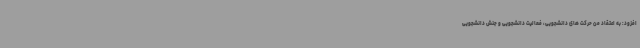
افزود: به اعتقاد من حرکت های دانشجویی، فعالیت دانشجویی و جنش دانشجویی